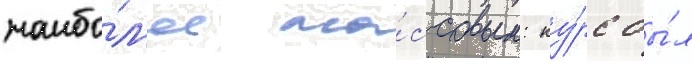
наибо́л'ее ма́ссовым: ку́рс бы́л